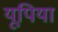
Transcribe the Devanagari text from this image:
यूपिया